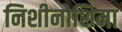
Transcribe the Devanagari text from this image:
निशीनोशिमा